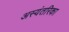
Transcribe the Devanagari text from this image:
अस्यंतरिका